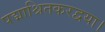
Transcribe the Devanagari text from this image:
पद्माश्रितकरद्वया।